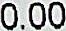
0.00